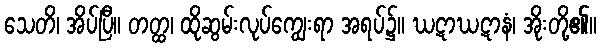
သေတိ၊ အိပ်ပြီ။ တတ္ထ၊ ထိုဆွမ်းလုပ်ကျွေးရာ အရပ်၌။ ဃဋာဃဋာနံ၊ အိုးတို့၏။